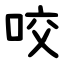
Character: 咬